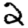
Digit: 2